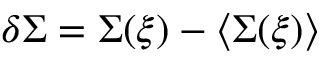
\delta \Sigma = \Sigma ( \boldsymbol { \xi } ) - \langle \Sigma ( \boldsymbol { \xi } ) \rangle